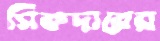
সিকদারের